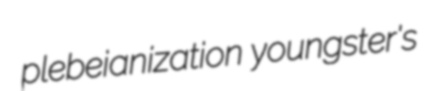
plebeianization youngster's